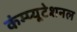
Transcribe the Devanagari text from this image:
कंम्‍प्‍यूटेशनल